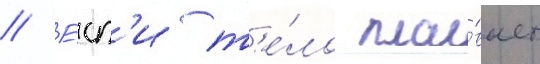
// Е́сл'и т'е́ло пла́вает